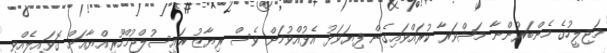
މަޖިލީހުގެ މެންބަރުންނާ މަޝްވަރާ ކުރައްވައިގެން ފިޔަވަޅު އެޅުއްވުމަށް ވެސް ރިޔާޒު ރައީސުލްޖުމްހޫރިއްޔާއަށް ގޮވައިލެއްވި